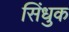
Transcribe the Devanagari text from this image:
सिंधुक